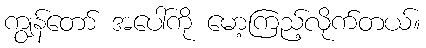
ကျွန်တော် အပေါ်ကို မော့ကြည့်လိုက်တယ်။